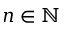
n \in \mathbb N